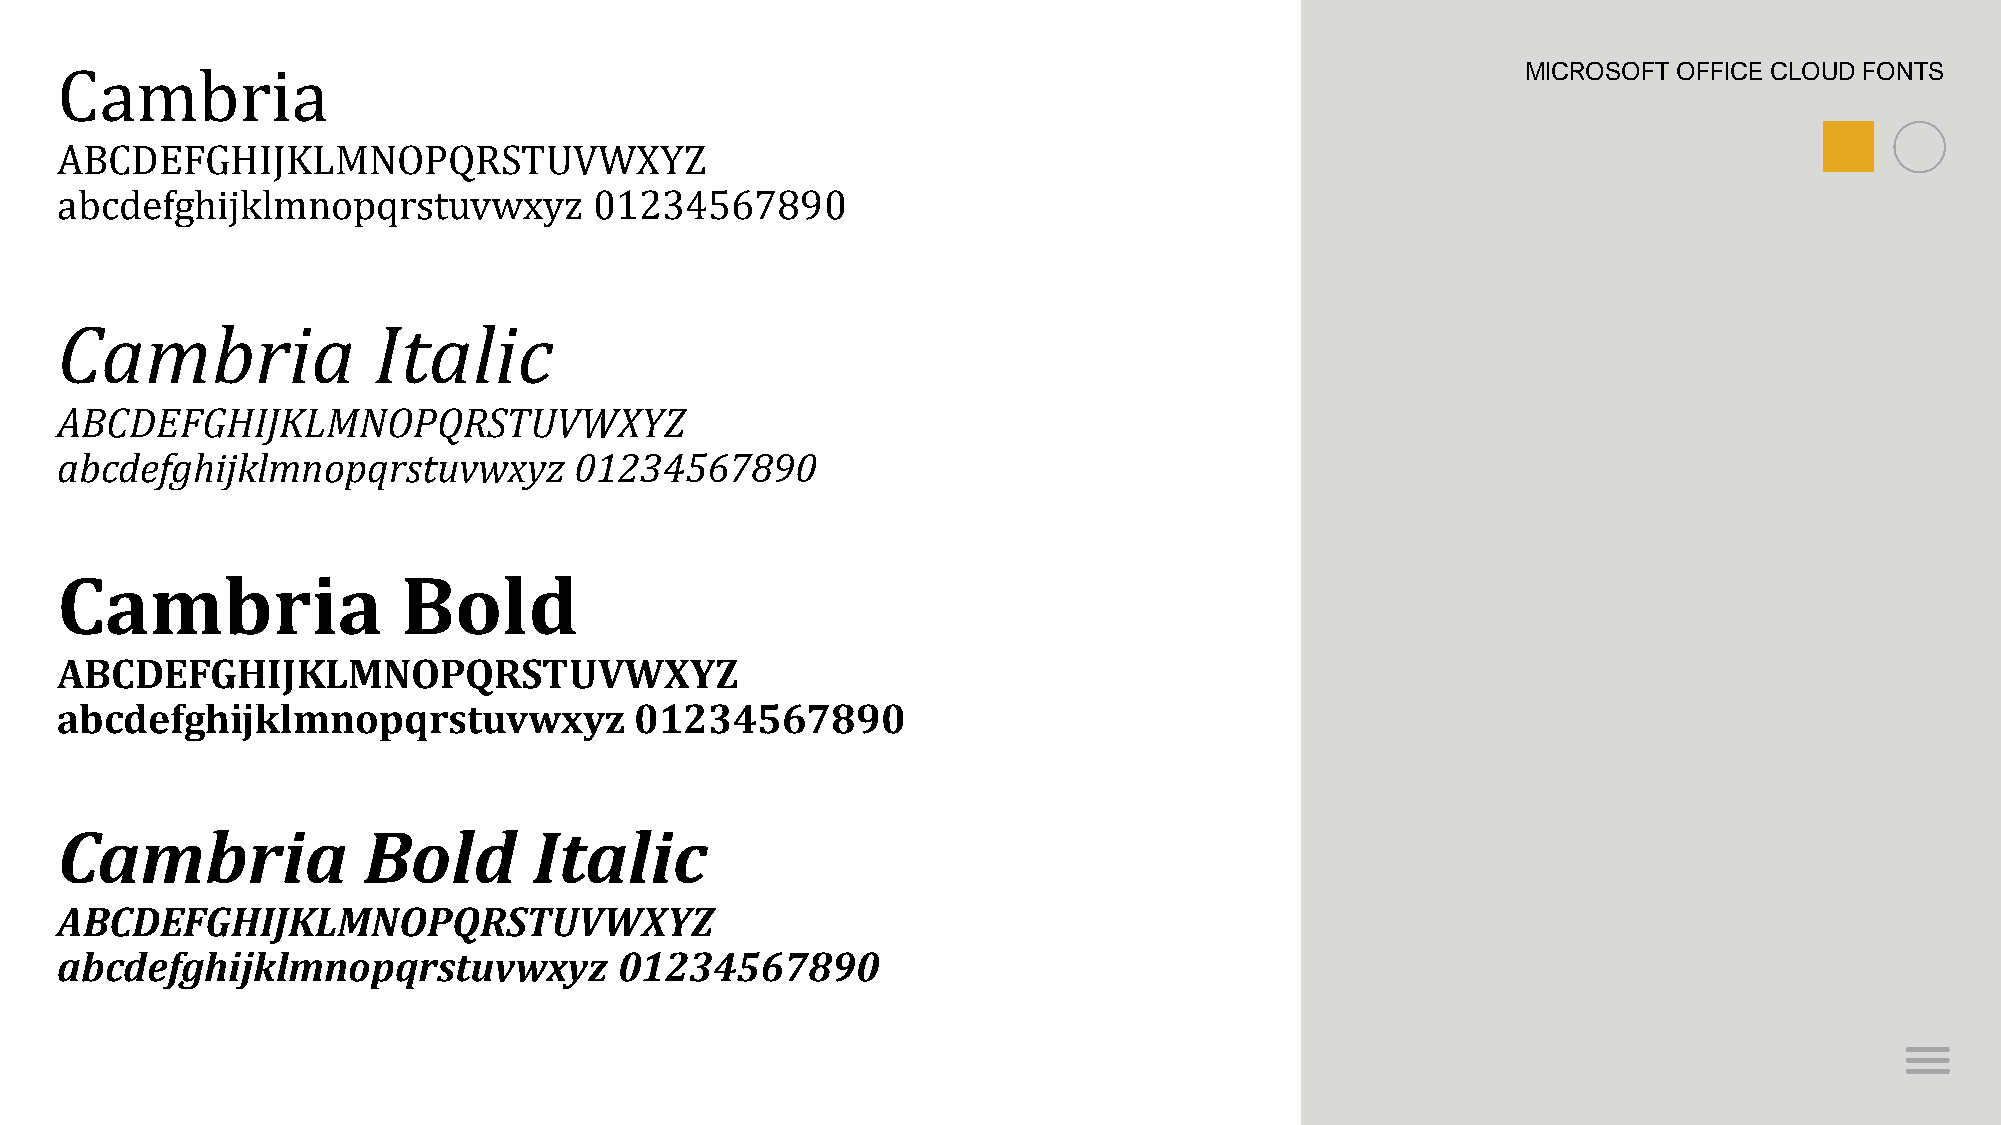
Cambria                                                                                          MICROSOFT OFFICE CLOUD FONTS
 ABCDEFGHIJKLMNOPQRSTUVWXYZ
 abcdefghijklmnopqrstuvwxyz         01234567890
 Cambria              Italic
 ABCDEFGHIJKLMNOPQRSTUVWXYZ
 abcdefghijklmnopqrstuvwxyz        01234567890
 Cambria                Bold
 ABCDEFGHIJKLMNOPQRSTUVWXYZ
 abcdefghijklmnopqrstuvwxyz            01234567890
 Cambria             Bold       Italic
 ABCDEFGHIJKLMNOPQRSTUVWXYZ
 abcdefghijklmnopqrstuvwxyz           01234567890